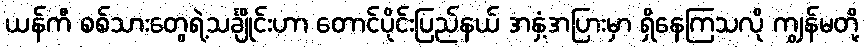
ယန်ကီ စစ်သားတွေရဲ့သင်္ချိုင်းဟာ တောင်ပိုင်းပြည်နယ် အနှံ့အပြားမှာ ရှိနေကြသလို ကျွန်မတို့